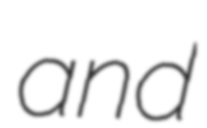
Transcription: and